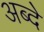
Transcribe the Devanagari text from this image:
अब्दे